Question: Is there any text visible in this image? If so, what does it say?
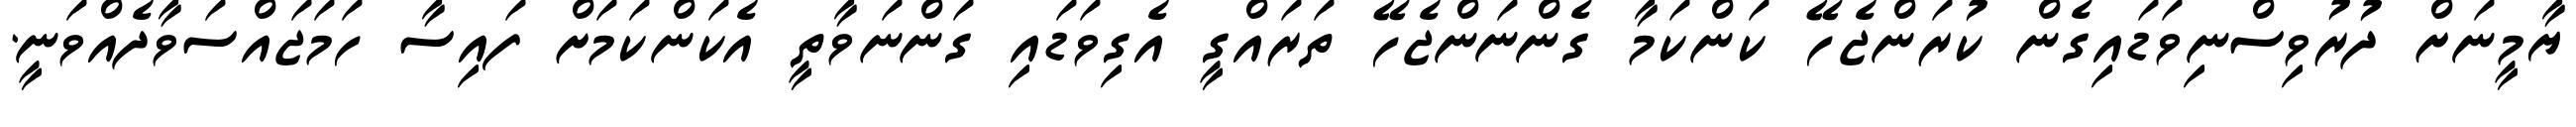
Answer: ޔާމީނަށް ދުރުވިސްނިވަޑައިގެން ކުރަންޖެހޭ ކަންކަމާ ގެންނަންޖެހޭ ތަރައްގީ އެގިވަޑައި ގަންނަވާތީ އެކަންކަމަށް ފައިސާ ހަމަޖައްސަވާދެއްވަނީ.